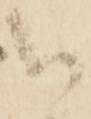
以